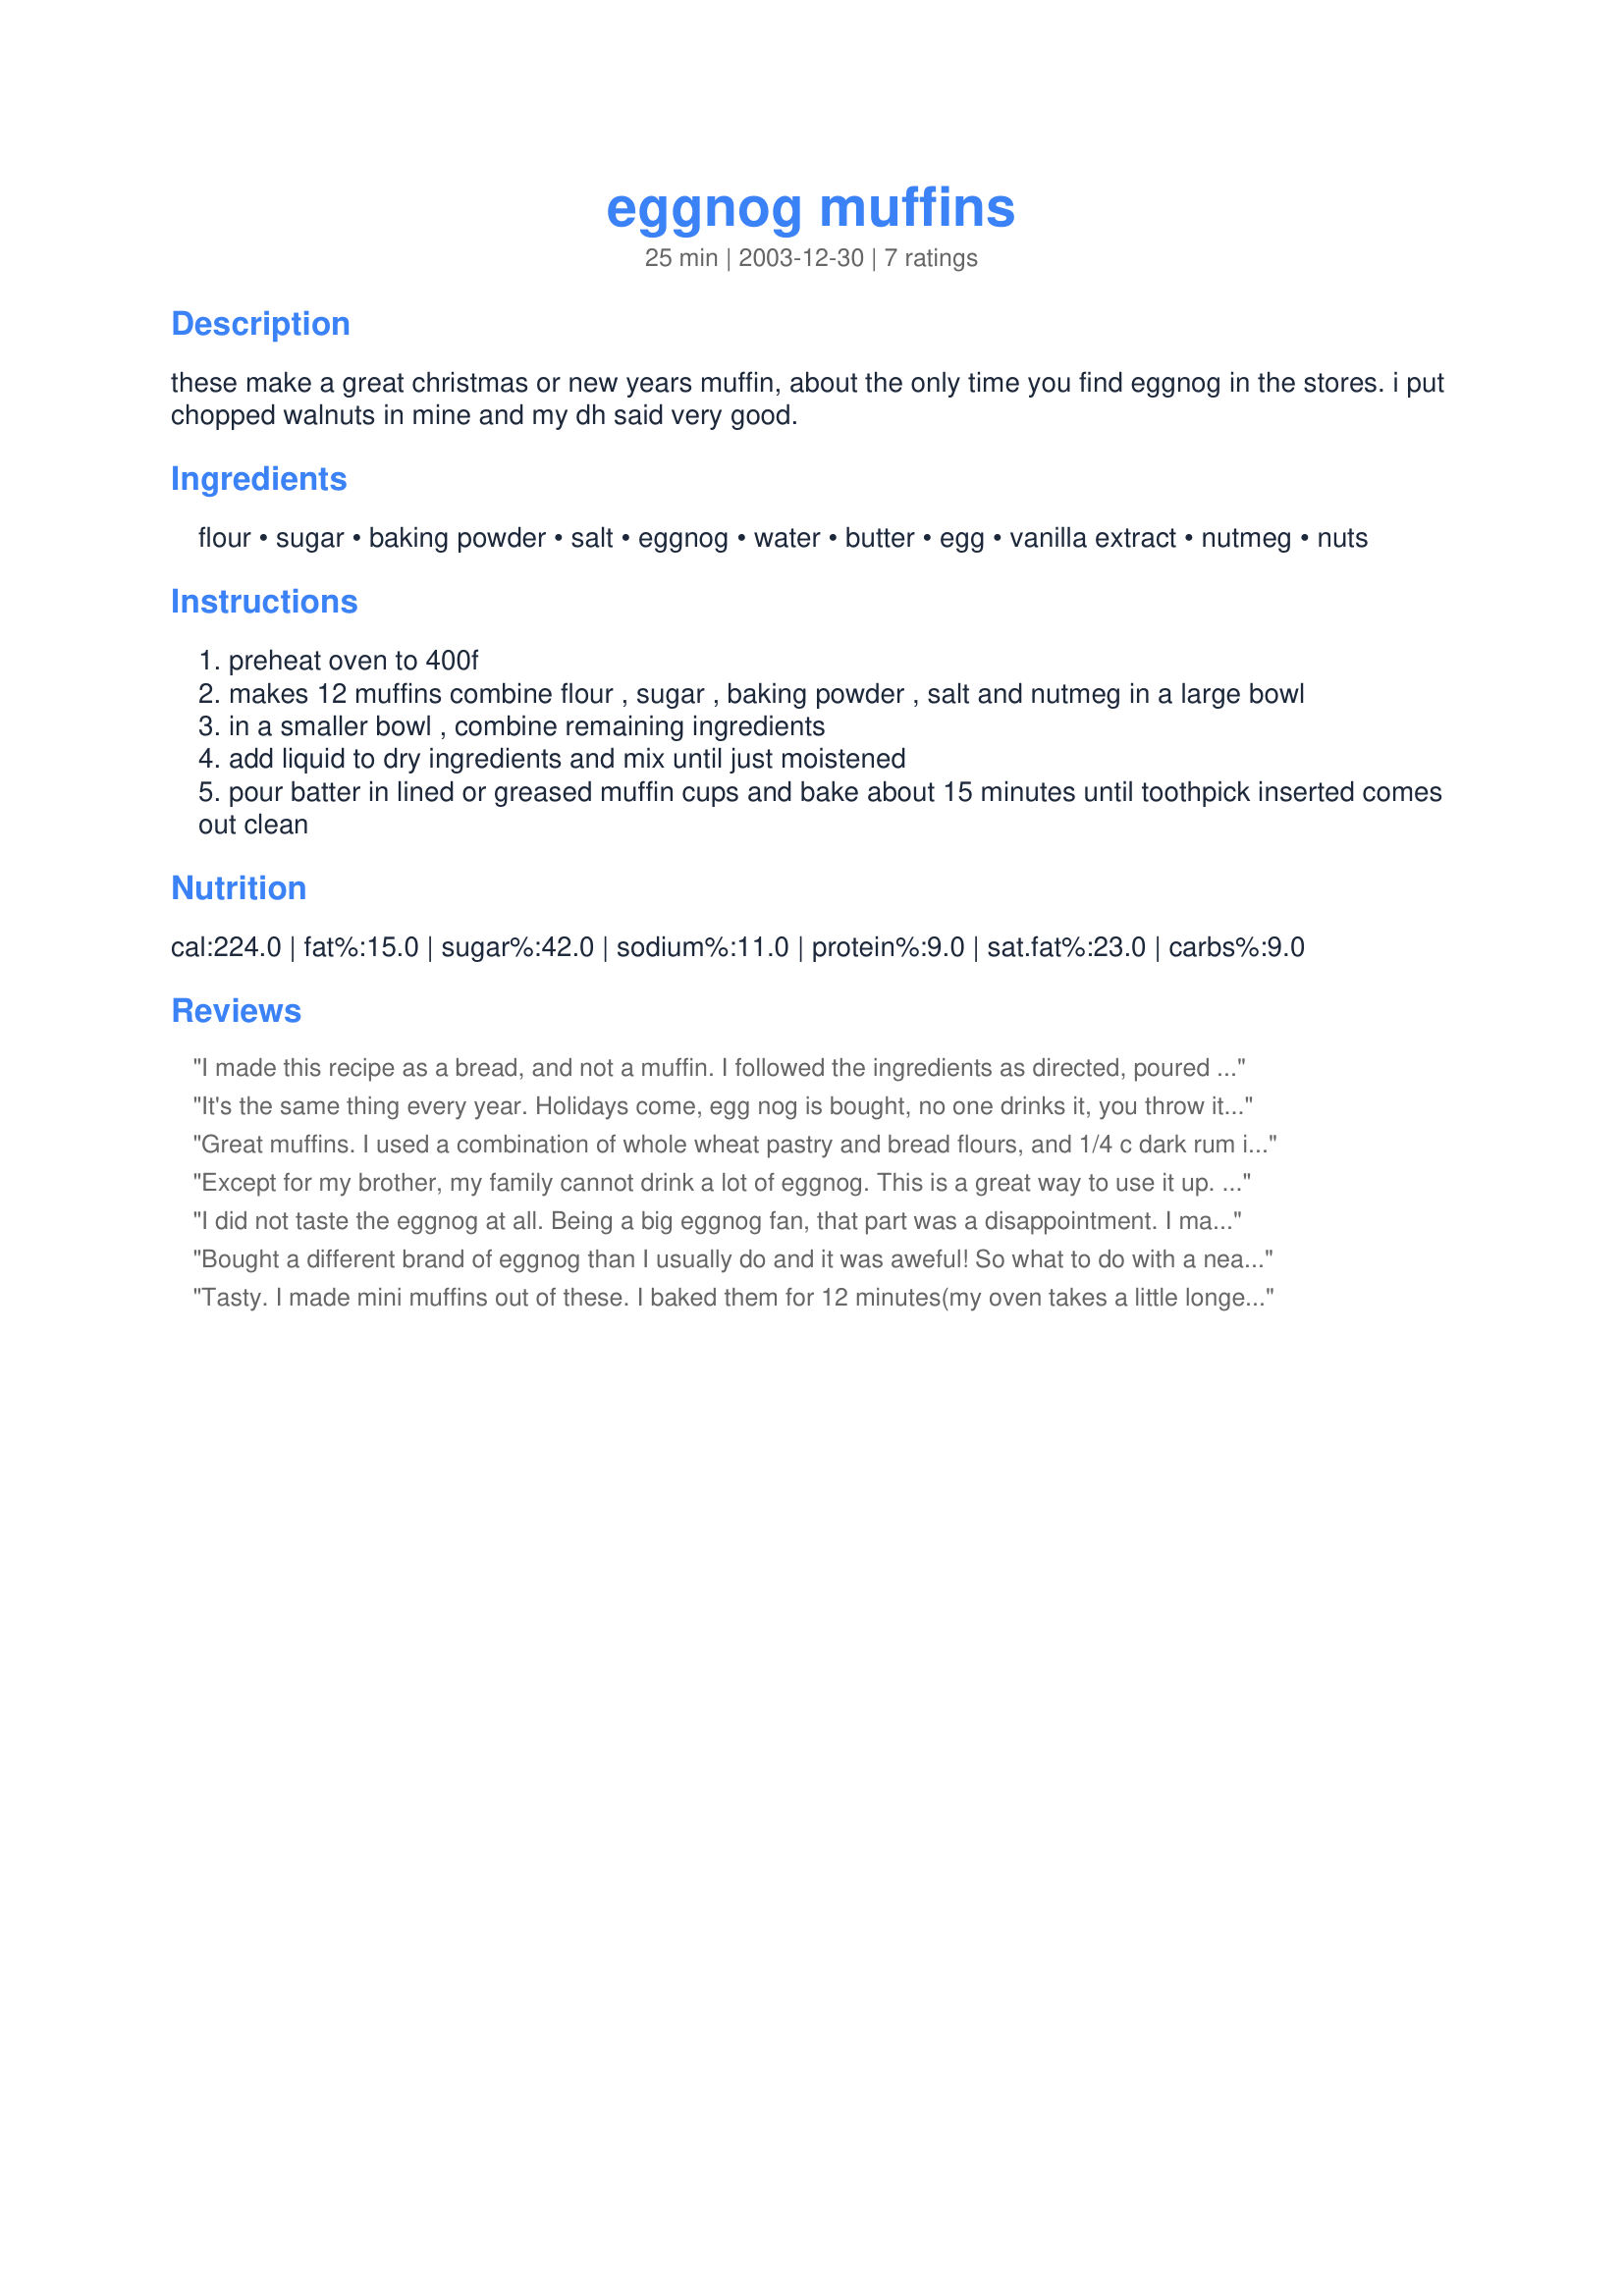
eggnog muffins
Preparation time: 25 minutes

these make a great christmas or new years muffin, about the only time you find eggnog in the stores. i put chopped walnuts in mine and my dh said very good.

Ingredients:
flour, sugar, baking powder, salt, eggnog, water, butter, egg, vanilla extract, nutmeg, nuts

Steps:
preheat oven to 400f
makes 12 muffins combine flour , sugar , baking powder , salt and nutmeg in a large bowl
in a smaller bowl , combine remaining ingredients
add liquid to dry ingredients and mix until just moistened
pour batter in lined or greased muffin cups and bake about 15 minutes until toothpick inserted comes out clean

Reviews:
I made this recipe as a bread, and not a muffin. I followed the ingredients as directed, poured the mixture into a greased loaf pan and baked it at 400 degrees for about 40-45 minutes. I mixed in 1/2 cup crushed pecans. The top of the loaf came out nicely browned on top and moist in the middle. I also used 1 tsp nutmeg; the flavor tasted wonderfully of a sweet spice. It was great served warm with some butter spread on a slice. Thanks, Dorel!
It's the same thing every year. Holidays come, egg nog is bought, no one drinks it, you throw it away...Not anymore!! These muffins are there to solve the problem! And they're yummy, too! I used Splenda instead of sugar, added chopped pecans, and cooked muffins 16 minutes.
Great muffins. I used a combination of whole wheat pastry and bread flours, and 1/4 c dark rum in place of the water. If you enjoy a really sweet muffin, you may wish to increase the sugar. Very tasty and easy to put together.
Except for my brother, my family cannot drink a lot of eggnog. This is a great way to use it up. I used about 3/4 teaspoon nutmeg and it gave it a very light taste. I think next time I will try a little more nutmeg as I like a little more flavor to it. But it was a very tasty muffin and not overly sweet.
I did not taste the eggnog at all. Being a big eggnog fan, that part was a disappointment. I made 6 very large size muffins instead of the regular size 12 and did not use muffin liners. The result was a beautiful and professional looking muffin. They were nicely browned all over, crunchy on top and overall a good muffin.
Bought a different brand of eggnog than I usually do and it was aweful! So what to do with a nearly full liter of eggnog that no one would drink? I saw this recipe and decided to give it a try. I like the flavour of these muffins. My two boys did not but then they don't like eggnog anyway. I made mini-muffins and filled the cups almost to the brim. Got 31 minis and they took about 12 minutes to bake in my oven. I also used paper muffin pan liners and found that the muffins seem to stick to the paper quite badly so next time I will just grease the pan.
Tasty. I made mini muffins out of these. I baked them for 12 minutes(my oven takes a little longer to bake) I added a tsp of ground cinnamon and a little extra sugar. I also added a combo of walnuts and raisins.My mom and little one had most of them:). Thanks Dorel
